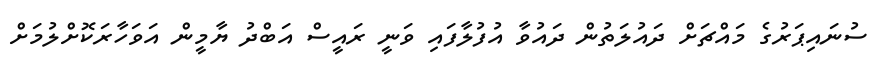
ސުނައިޕަރުގެ މައްޗަށް ދައުލަތުން ދައުވާ އުފުލާފައި ވަނީ ރައީސް އަބްދު ޔާމީން އަވަހާރަކޮށްލުމަށް